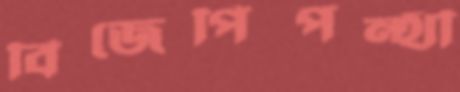
বিজেপিপন্থী